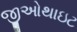
જીઓથાઇટ